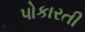
પોકારતી